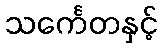
သင်္ကေတနှင့်